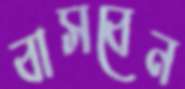
বাসবেন